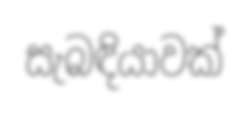
සැබඳියාවක්